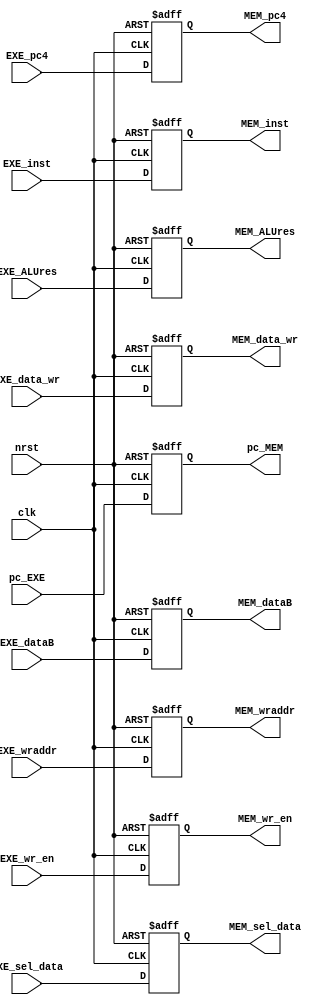
`timescale 1ns/1ps

module exe_mem(
	input clk,
	input nrst,
	// inputs
	input [31:0] EXE_pc4,
	input [31:0] EXE_ALUres,
	input [31:0] EXE_dataB,
	input [4:0] EXE_wraddr,
	input [31:0] pc_EXE,
	input [31:0] EXE_inst,
	// outputs
	output reg [31:0] MEM_pc4,
	output reg [31:0] MEM_ALUres,
	output reg [31:0] MEM_dataB,
	output reg [4:0] MEM_wraddr,
	output reg [31:0] pc_MEM,
	output reg [31:0] MEM_inst,
	// NOTE: add control signals here
	input EXE_data_wr,
	input EXE_wr_en,
	input [1:0] EXE_sel_data,
	
	output reg MEM_data_wr,
	output reg MEM_wr_en,
	output reg [1:0] MEM_sel_data
);
	
	always@(posedge clk or negedge nrst) begin
		if(!nrst) begin
			MEM_pc4 <= 0;
			MEM_ALUres <= 0;
			MEM_dataB <= 0;
			MEM_wraddr <= 0;
			pc_MEM <= 0;
			MEM_inst <= 0;

			MEM_data_wr <= 0;
			MEM_wr_en <= 0;
			MEM_sel_data <= 0;
		end
		else begin
			MEM_pc4 <= EXE_pc4;
			MEM_ALUres <= EXE_ALUres;
			MEM_dataB <= EXE_dataB;
			MEM_wraddr <= EXE_wraddr;
			pc_MEM <= pc_EXE;
			MEM_inst <= EXE_inst;

			MEM_data_wr <= EXE_data_wr;
			MEM_wr_en <= EXE_wr_en;
			MEM_sel_data <= EXE_sel_data;
		end
	end
endmodule